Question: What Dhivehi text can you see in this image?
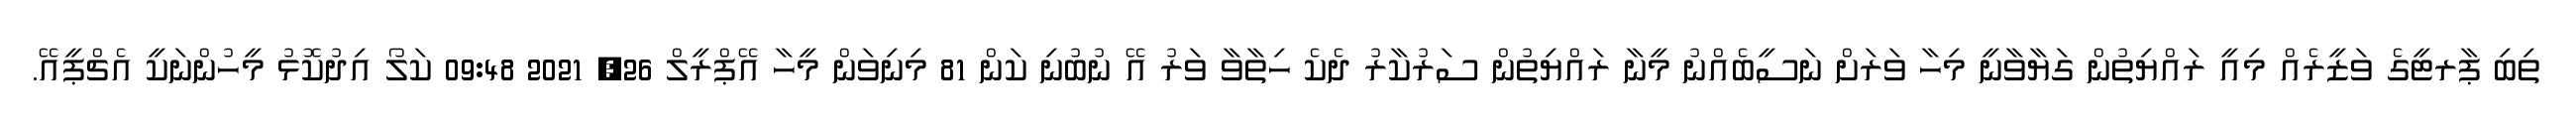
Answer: ތިބި ޕާރޓީގެ ވަޒީރެއް މިއީ ރައްޔިތުން ގަޔާވާނީ މިހާ ވަރަށް ނަސީބެއްނު މީނާ ރައްޔިތުން ސަރުކާރު ދެކެ ހިތާވާ ވަރު އޭ ނުބުނި ކަން 81 މިނިވަން މީހާ އޭޕްރީލް 26, 2021 09:48 ކަލޯ އިދުކޮޅު މީހުންނަކީ އެޗްޕީއޭ.